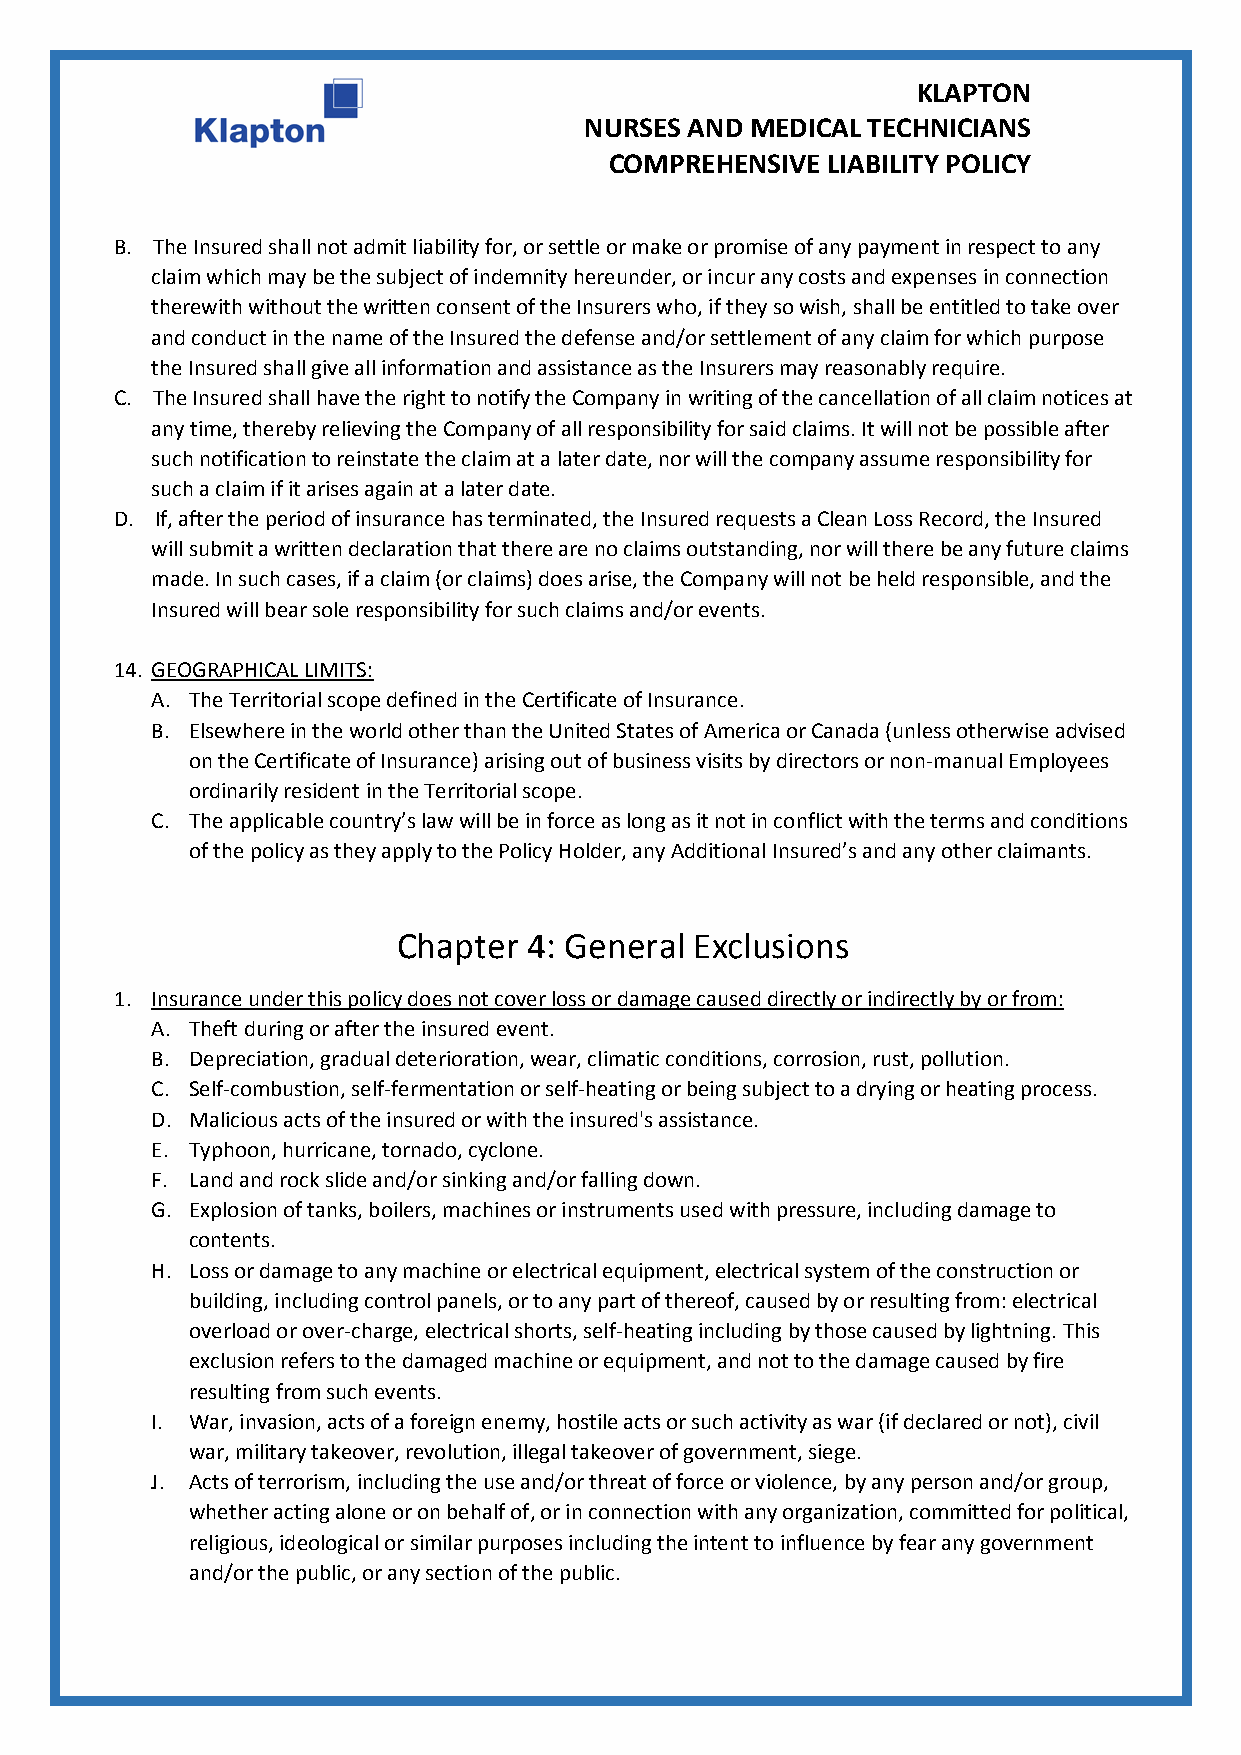
KLAPTON
 NURSES AND MEDICAL TECHNICIANS
 COMPREHENSIVE  LIABILITY POLICY
 B. The Insured shall not admit liability for, or settle or make or promise of any payment in respect to any
 claim which may be the subject of indemnity hereunder, or incur any costs and expenses in connection
 therewith without the written consent of the Insurers who, if they so wish, shall be entitled to take over
 and conduct in the name of the Insured the defense and/or settlement of any claim for which purpose
 the Insured shall give all information and assistance as the Insurers may reasonably require.
 C. The Insured shall have the right to notify the Company in writing of the cancellation of all claim notices at
 any time, thereby relieving the Company of all responsibility for said claims. It will not be possible after
 such notification to reinstate the claim at a later date, nor will the company assume responsibility for
 such a claim if it arises again at a later date.
 D. If, after the period of insurance has terminated, the Insured requests a Clean Loss Record, the Insured
 will submit a written declaration that there are no claims outstanding, nor will there be any future claims
 made. In such cases, if a claim (or claims) does arise, the Company will not be held responsible, and the
 Insured will bear sole responsibility for such claims and/or events.
 14. GEOGRAPHICAL LIMITS:
 A. The Territorial scope defined in the Certificate of Insurance.
 B. Elsewhere in the world other than the United States of America or Canada (unless otherwise advised
 on the Certificate of Insurance) arising out of business visits by directors or non-manual Employees
 ordinarily resident in the Territorial scope.
 C. The applicable country’s law will be in force as long as it not in conflict with the terms and conditions
 of the policy as they apply to the Policy Holder, any Additional Insured’s and any other claimants.
 Chapter  4: General Exclusions
 1. Insurance under this policy does not cover loss or damage caused directly or indirectly by or from:
 A. Theft during or after the insured event.
 B. Depreciation, gradual deterioration, wear, climatic conditions, corrosion, rust, pollution.
 C. Self-combustion, self-fermentation or self-heating or being subject to a drying or heating process.
 D. Malicious acts of the insured or with the insured's assistance.
 E. Typhoon, hurricane, tornado, cyclone.
 F. Land and rock slide and/or sinking and/or falling down.
 G. Explosion of tanks, boilers, machines or instruments used with pressure, including damage to
 contents.
 H. Loss or damage to any machine or electrical equipment, electrical system of the construction or
 building, including control panels, or to any part of thereof, caused by or resulting from: electrical
 overload or over-charge, electrical shorts, self-heating including by those caused by lightning. This
 exclusion refers to the damaged machine or equipment, and not to the damage caused by fire
 resulting from such events.
 I. War, invasion, acts of a foreign enemy, hostile acts or such activity as war (if declared or not), civil
 war, military takeover, revolution, illegal takeover of government, siege.
 J. Acts of terrorism, including the use and/or threat of force or violence, by any person and/or group,
 whether acting alone or on behalf of, or in connection with any organization, committed for political,
 religious, ideological or similar purposes including the intent to influence by fear any government
 and/or the public, or any section of the public.